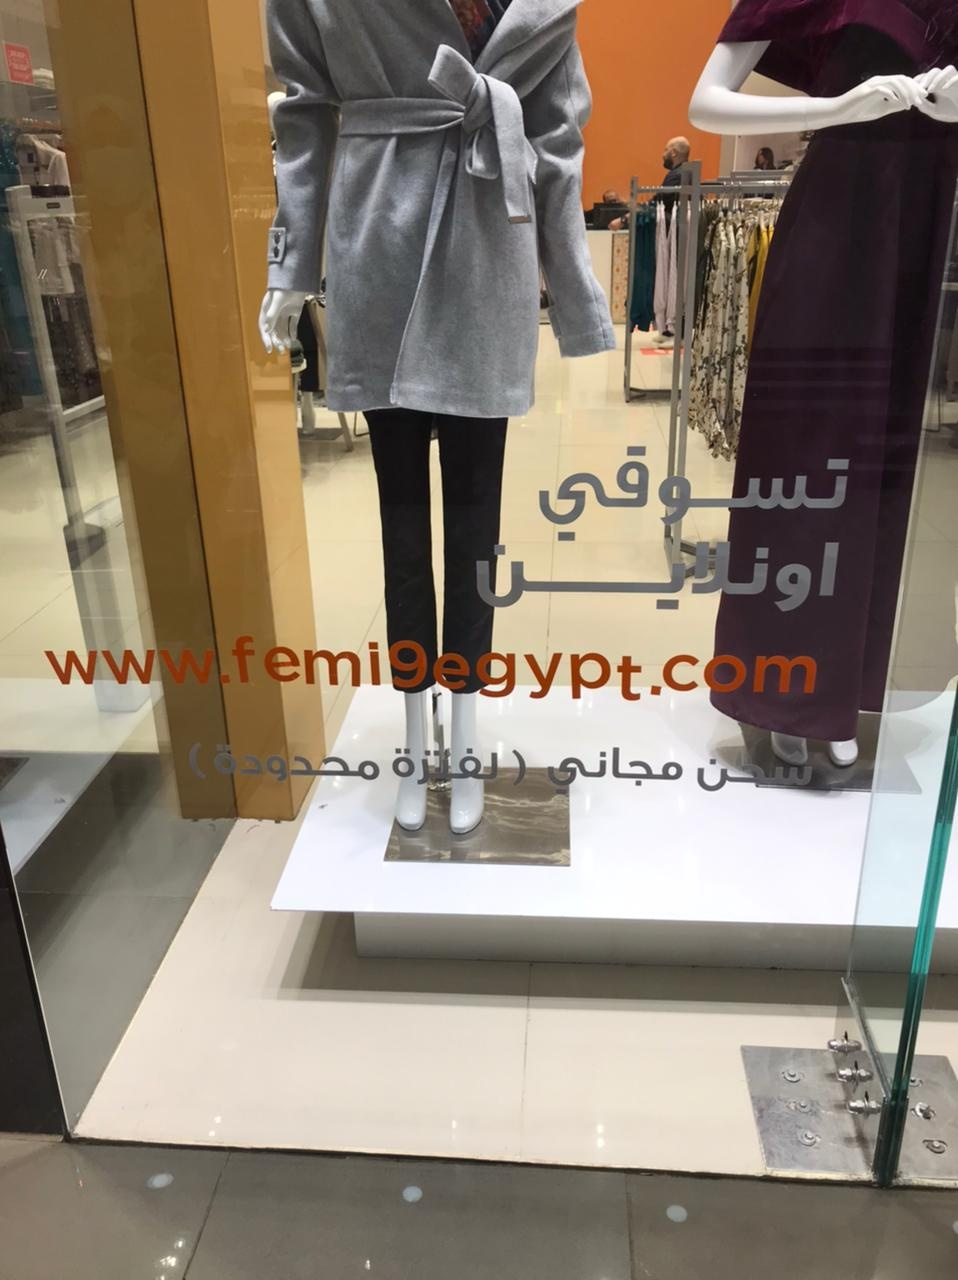
Text in image: تسوقي اونلاين محدودة لفترة مجاني شحن www.femi9egypt.com